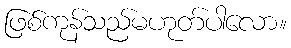
ဖြစ်ကုန်သည်မဟုတ်ပါလော။